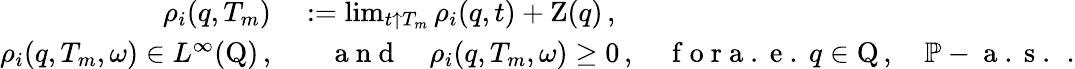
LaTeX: \begin{array}{rl}{\rho_{i}(q,T_{m})}&{{}:=\operatorname*{lim}_{t\uparrow T_{m}}\rho_{i}(q,t)+\mathrm{Z}(q)\, ,}\\ {\rho_{i}(q,T_{m},\omega)\in L^{\infty}(\mathrm{Q})\, ,}&{{}\quad\mathrm{~a~n~d~}\quad\rho_{i}(q,T_{m},\omega)\geq 0\, ,\quad\mathrm{~f~o~r~a~.~e~.~}q\in\mathrm{Q}\, ,\quad\mathbb{P}-\mathrm{~a~.~s~.~}\, .}\end{array}